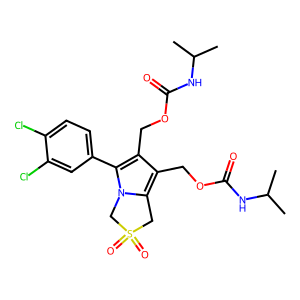
SMILES: CC(C)NC(=O)OCc1c(COC(=O)NC(C)C)c(-c2ccc(Cl)c(Cl)c2)n2c1CS(=O)(=O)C2
Inhibits HIV replication: No